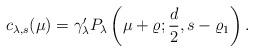
LaTeX: \begin{align*}c_{\lambda,s}(\mu)=\gamma_\lambda'P_\lambda\left(\mu+\varrho;\frac{d}{2},s-\varrho_1\right).\end{align*}